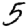
Digit: 5